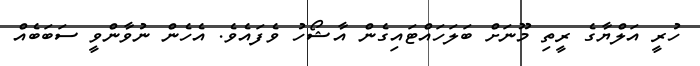
ހުރީ އަލްޔާގެ ރީތި މޫނަށް ބަލަހައްޓައިގެން އާޝޯހު ވެފައެވެ. އެހެން ނުވާންވީ ސަބަބެއް